Annual report of the Punjab Veterinary College and of the Civil Veterinary Department, Punjab - 1920-1925
Year: 1920
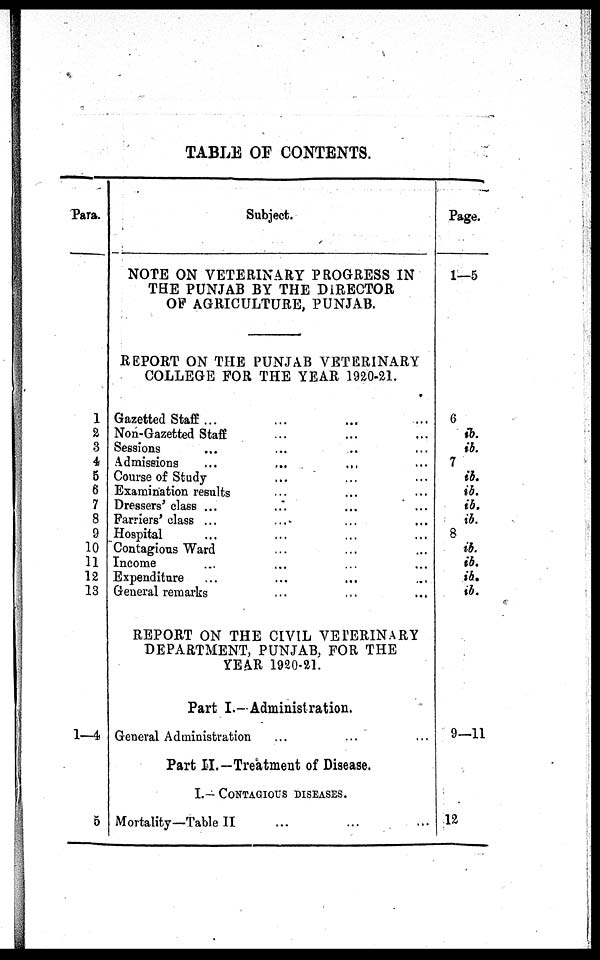
TABLE OF CONTENTS.
Para.
1
2
3
4
5
6
7
8
9
10
11
12
13
1—4
5
Subject.
NOTE ON VETERINARY PROGRESS IN
THE PUNJAB BY THE DIRECTOR
OF AGRICULTURE, PUNJAB.
REPORT ON THE PUNJAB VETERINARY
COLLEGE FOR THE YEAR 1920-21.
Gazetted Staff ... ... ... ... ...
Non-Gazetted Staff ... ... ... ...
Sessions ... ... ...
Admissions
...
... ... ... ...
Course of Study ... ... ... ... ...
Examination results ... ... ... ... ...
Dressers' class ... ... ... ... ... ...
Farriers' class ... ... ...
Hospital ... ... ...
Contagious Ward ... ... ...
Income ... ...
Expenditure ... ... ... ... ... ...
General remarks
REPORT ON THE CIVIL VETERINARY
DEPARTMENT, PUNJAB, FOR THE
YEAR 1920-21.
Part I.—Administration.
General Administration
Part II.—Treatment of Disease.
I.— CNTAGIOUS DISEASES
Mortality—Table II ... ... ... ... ... ... ...
Page.
1—5
6
ib.
ib.
7
ib.
ib.
ib.
ib.
8
ib.
ib.
ib.
ib.
9—11
12